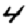
Digit: 4